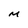
Character: M